Report on sanitation, dispensaries, and jails in Rajputana for 1918, and on vaccination for the year 1918-1919 - 1918-1919
Year: 1918
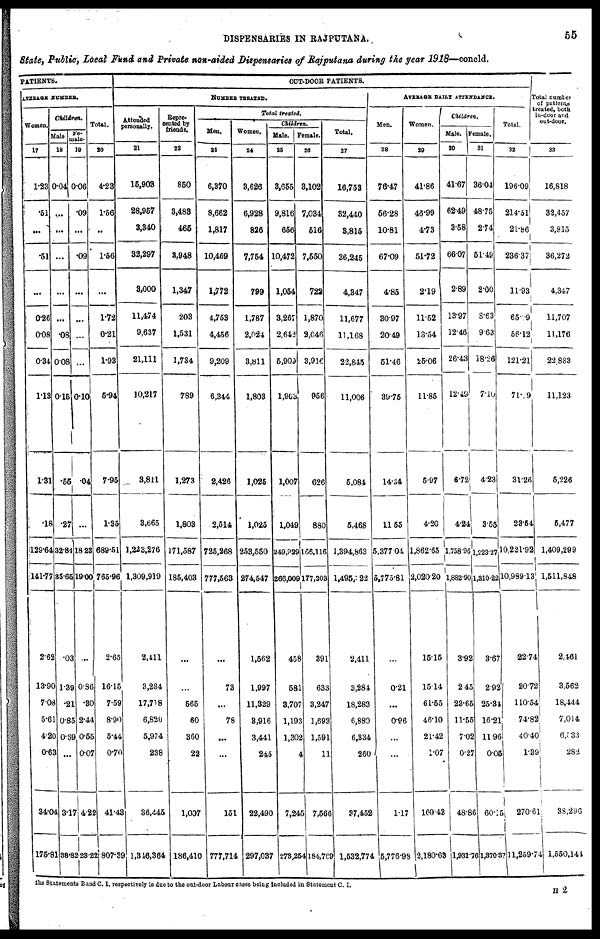
DISPENSARIES IN RAJPUTANA.
55
State, Public, Local Fund and Private non-aided Dispensaries of Rajputana during the year 1918—concld.
PATIENTS.
AVERAGE NUMBER.
Women.
17
1.23
51
...
.51
...
0.26
0.08
0.34
1.13
1.31
.18
129.64
141.77
2.62
13.90
7.08
5.61
4.20
0.63
34.04
175.81
Children.
Male.
18
0.04
...
...
...
...
...
.08
0.08
0.15
.55
.27
32.84
35.65
.03
1.39
.21
0.85
0.69
...
3.17
38.82
Fe¬
male.
19
0.06
.09
...
.09
...
...
...
...
0.10
.04
...
18.23
19.00
...
0.86
.30
2.44
0.55
0.07
4.22
23.22
Total.
20
4.23
1.56
...
1.56
...
1.72
0.21
1.93
5.94
7.95
1.35
689.51
765.96
2.65
16.15
7.59
8.90
5.44
0.70
41.43
807.39
OUT-DOOR PATIENTS.
NUMBER TREATED.
Attended
personally.
21
15,903
28,957
3,340
32,297
3,000
11,474
9,637
21,111
10,217
3,811
3,665
1,223,276
1,309,919
2,411
3,284
17,718
6,820
5,974
238
36,445
1,346,364
Repre¬
sented by
friends.
22
850
3,483
465
3,948
1,347
203
1,531
1,734
789
1,273
1,803
171,587
185,403
...
...
565
60
360
22
1,007
186,410
Total treated.
Men.
23
6,370
8,662
1,817
10,469
1,772
4,753
4,456
9,209
6,344
2,426
2,514
725,268
777,563
...
73
...
78
...
...
151
777,714
Women.
24
3,626
6,928
826
7,754
799
1,787
2,024
3,811
1,803
1,025
1,025
253,550
274,547
1,562
1,997
11,329
3,916
3,441
245
22,490
297,037
Children.
Male.
25
3,655
9,816
656
10,472
1,054
3,267
2,642
5,909
1,903
1,007
1,049
249,829
266,009
458
581
3,707
1,193
1,302
4
7,245
273,254
Female.
26
3,102
7,034
516
7,550
722
1,870
2,046
3,916
956
626
880
166,116
77,203
391
633
3,247
1,693
1,591
11
7,566
184,769
Total.
27
16,753
32,440
3,815
36,245
4,347
11,677
11,168
22,845
11,006
5,084
5,468
1,394,863
1,495,322
2,411
3,284
18,283
6,880
6,334
260
37,452
1,532,774
AVERAGE DAILY ATTENDANCE.
Men.
28
76.47
56.28
10.81
67.09
4.85
30.97
20.49
51.46
39.75
14.34
11.55
5,377.04
5,775.81
...
0.21
...
0.96
...
...
1.17
5,776.98
Women.
29
41.86
46.99
4.73
51.72
2.19
11.52
13.54
25.06
11.85
5.97
4.20
1,862.65
2,020.20
15.15
15.14
61.55
46.10
21.42
1.07
160.43
2,180.63
Children.
Male.
30
41.67
62.49
3.58
66.07
2.89
13.97
12.46
26.43
12.49
6.72
4.24
1,758.96
1,882.90
3.92
2.45
23.65
11.55
7.02
0.27
48.86
1,931.76
Female.
31
36.04
48.75
2.74
51.49
2.00
8.63
9.63
18.26
7.10
4.23
3.55
1,223.27
1,310.22
3.67
2.92
25.34
16.21
11.96
0.05
60.15
1,370.37
Total.
32
196.09
214.51
21.86
236.37
11.93
65.99
56.12
121.21
71.19
31.26
23.54
10,221.92
10,989.13
22.74
20.72
110.54
74.82
40.40
1.39
270.61
11,259.74
Total number
of patients
treated, both
in-door and
out-door.
33
16,818
32,457
3,815
36,272
4,347
11,707
11,176
22,883
11,123
5,226
5,477
1,409,299
1,511,848
2,461
3,562
18,444
7,014
6,533
282
38,296
1,550,144
the Statements Band C. I. respectively is due to the out-door Labour cases being included in Statement C. I.
H 2